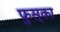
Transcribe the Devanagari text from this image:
फुस्का